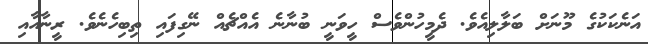
އަނެކަކުގެ މޫނަށް ބަލާލިއެވެ. ދެމީހުންވެސް ހީވަނީ ބުނާނެ އެއްޗެއް ނޭގިފައި ތިބިހެނެވެ. ރީނާއާއި